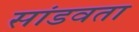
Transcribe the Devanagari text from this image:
सांडवता